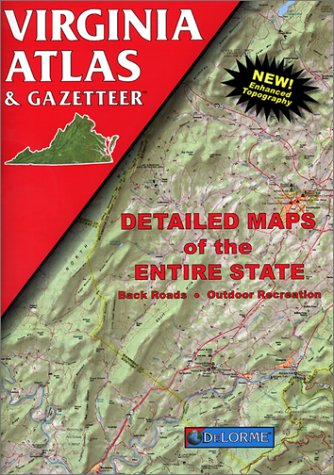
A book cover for Virginia: Atlas and Gazetteer (Virginia Atlas & Gazeteer); DeLorme; Travel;